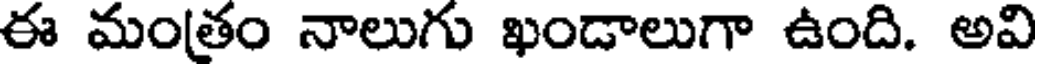
ఈ మంతం నాలుగు ఖండాలుగా ఉంది. అవి